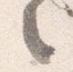
之